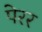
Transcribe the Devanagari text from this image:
पेरर